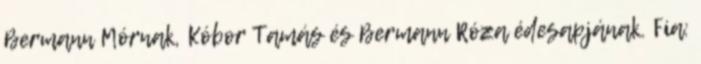
Bermann Mórnak, Kóbor Tamás és Bermann Róza édesapjának. Fia: